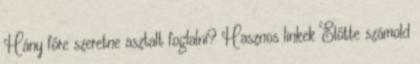
Hány főre szeretne asztalt foglalni? Hasznos linkek Előtte számold